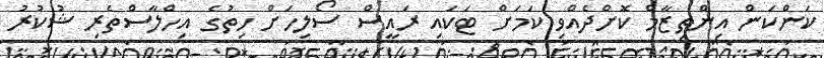
ކަންކަން އިންތިޒާމް ކޮށްދެއްވި ކަމަށް ޓަކައި ރައީސް ސޯލިހަށް ހިތުގެ އިހްލާސްތެރި ޝުކުރު